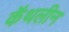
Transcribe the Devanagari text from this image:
कॅथलीन